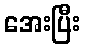
အေးပြီး